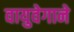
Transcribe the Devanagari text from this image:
वायुवेगाने